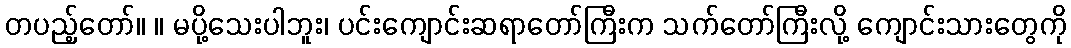
တပည့်တော်။ ။ မပို့သေးပါဘူး၊ ပင်းကျောင်းဆရာတော်ကြီးက သက်တော်ကြီးလို့ ကျောင်းသားတွေကို